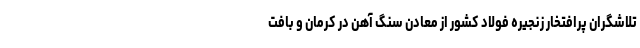
تلاشگران پرافتخار زنجیره فولاد کشور از معادن سنگ آهن در کرمان و بافت